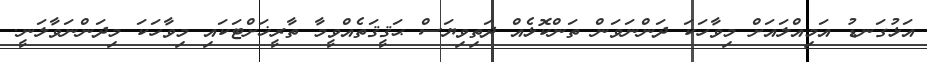
އަޅުގަނޑު އަމިއްލައަށް މިވާހަކަ ދަންނަވަން ތަންކޮޅެއް ދަތިވިޔަސް ޙަޤީޤަތެއްވީމާ ތާރީޚަށްޓަކައި މިވާހަކަ މިދަންނަވާލަނީ.